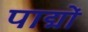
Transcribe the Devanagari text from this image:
पाद्मों